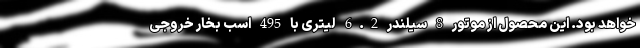
خواهد بود. این محصول از موتور 8 سیلندر 6.2 لیتری با 495 اسب بخار خروجی